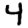
Digit: 4